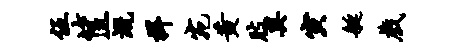
伍筐溉捍宛黄肢奥寅艇戏